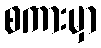
စကားမှာ